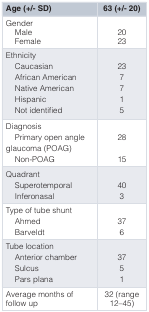
<table><thead><tr><td><b>Age (+/- SD)</b></td><td><b>63 (+/- 20)</b></td></tr></thead><tbody><tr><td>GenderMaleFemale</td><td>2023</td></tr><tr><td>EthnicityCaucasianAfrican AmericanNative AmericanHispanicNot identified</td><td>237715</td></tr><tr><td>DiagnosisPrimary open angleglaucoma (POAG)Non-POAG</td><td>2815</td></tr><tr><td>QuadrantSuperotemporalInferonasal</td><td>403</td></tr><tr><td>Type of tube shuntAhmedBarveldt</td><td>376</td></tr><tr><td>Tube locationAnterior chamberSulcusPars plana</td><td>3751</td></tr><tr><td>Average months offollowup</td><td>32 (range12–45)</td></tr></tbody></table>